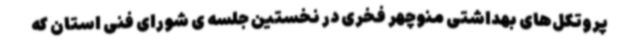
پروتکل‌های بهداشتی منوچهر فخری در نخستین جلسه ی شورای فنی استان که